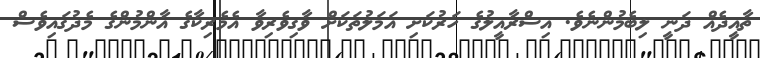
ތާއީދެއް ދަނީ ލިބެމުންނެވެ. އިސްރާއީލުގެ ހަރުކަށި އަމަލުތަކަށް ވާގިވެރިވާ އެމެރިކާގެ އާންމުންގެ މެދުގައިވެސް